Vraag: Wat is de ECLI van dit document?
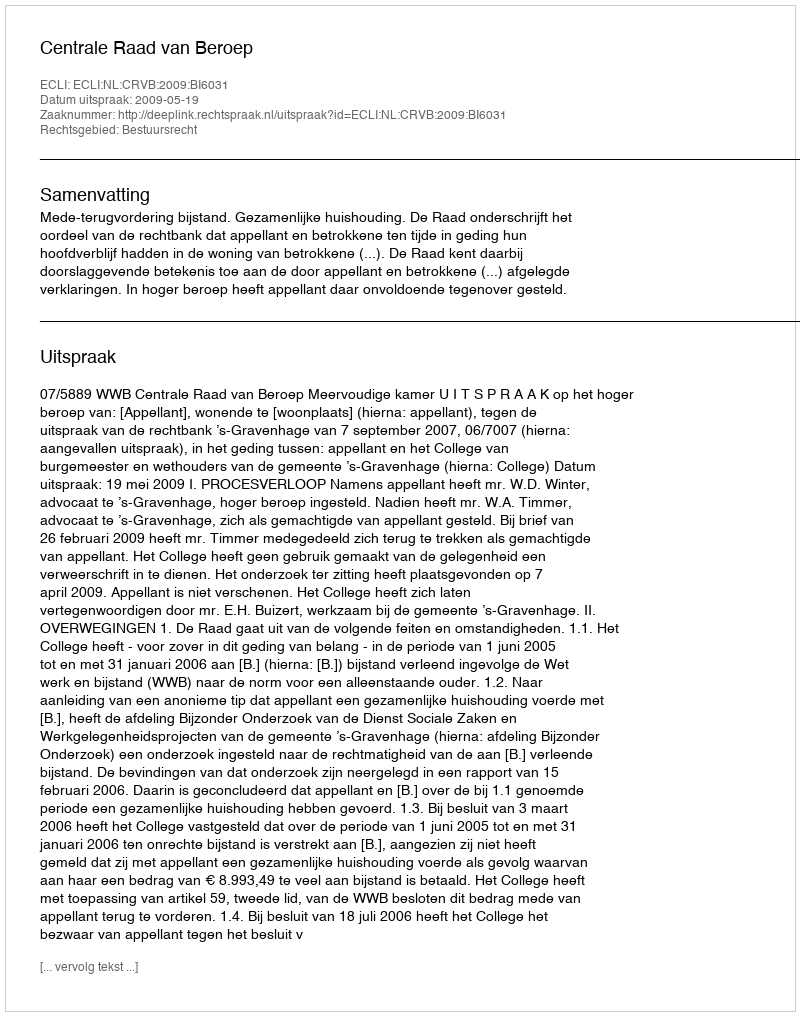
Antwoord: ECLI:NL:CRVB:2009:BI6031